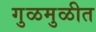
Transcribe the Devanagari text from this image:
गुळमुळीत